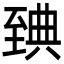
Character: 𦥃